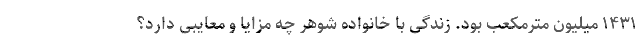
۱۴۳۱ میلیون مترمکعب بود. زندگی با خانواده شوهر چه مزایا و معایبی دارد؟